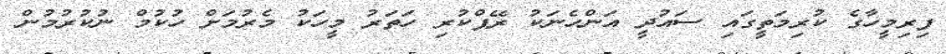
ފިރިމީހާގެ ކުރިމަތީގައި ސައުދީ އަންހެނަކު ރޭޕްކުރި ހަތަރު މީހަކު މެރުމަށް ހުކުމް ނުކުރުމުން